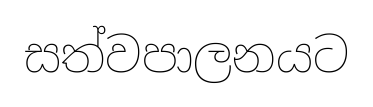
සත්වපාලනයට